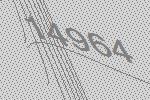
14964